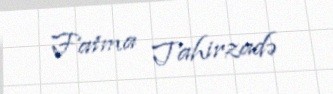
Fatma Tahirzadə